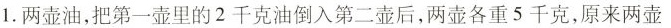
1.两壶油，把第一壶里的2千克油倒入第二壶后，两壶各重5千克，原来两壶